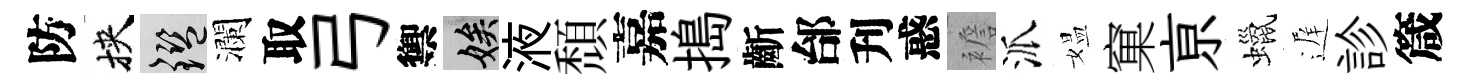
防挾鑒瀾取弓禦娭液頹嘉搗齗邰刋惑襜派媪窠亰蠟遅診箴